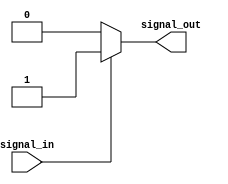
module assign_statement(
    input signal_in,
    output reg signal_out
);

// Assign statement based on specific condition
assign signal_out = (signal_in) ? 1'b1 : 1'b0;

endmodule